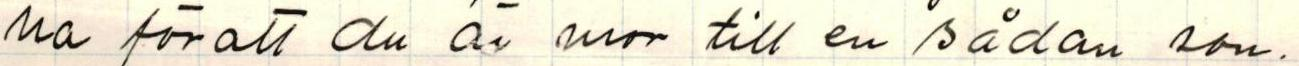
na för att du är mor till en sådan son.